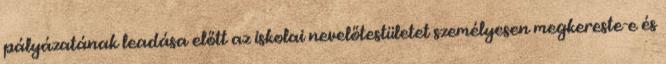
pályázatának leadása előtt az iskolai nevelőtestületet személyesen megkereste-e és